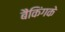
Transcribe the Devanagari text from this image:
बैंकिंगके